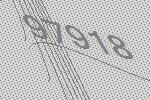
97918